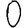
Digit: 0